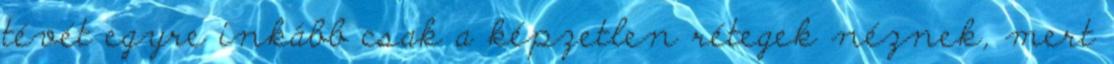
tévét egyre inkább csak a képzetlen rétegek néznek, mert